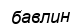
бавлин